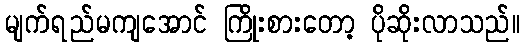
မျက်ရည်မကျအောင် ကြိုးစားတော့ ပိုဆိုးလာသည်။